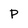
Character: P